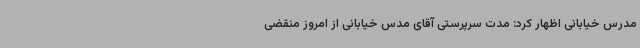
مدرس خیابانی اظهار کرد: مدت سرپرستی آقای مدس خیابانی از امروز منقضی